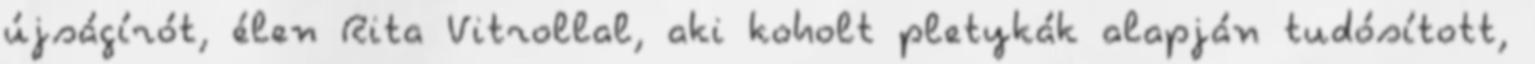
újságírót, élen Rita Vitrollal, aki koholt pletykák alapján tudósított,